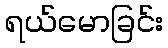
ရယ်မောခြင်း